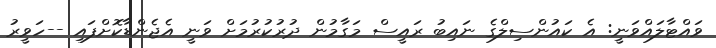
ވައްޓާލައްވަނީ: އެ ކައުންސިލްގެ ނައިބު ރައީސް މަގާމުން ދުރުކުރުމަށް ވަނީ އެޖެންޑާކޮށްފައި --ހަވީރު